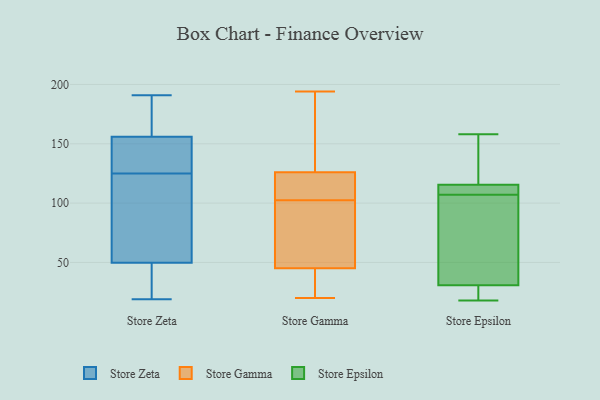
{"axis": {"x": "Revenue (USD Million)", "y": "Value"}, "legend": ["Store Epsilon", "Store Gamma", "Store Zeta"], "data": [{"x": "", "y": 135, "type": "Store Zeta"}, {"x": "", "y": 85, "type": "Store Zeta"}, {"x": "", "y": 38, "type": "Store Zeta"}, {"x": "", "y": 163, "type": "Store Zeta"}, {"x": "", "y": 191, "type": "Store Zeta"}, {"x": "", "y": 21, "type": "Store Zeta"}, {"x": "", "y": 190, "type": "Store Zeta"}, {"x": "", "y": 93, "type": "Store Zeta"}, {"x": "", "y": 134, "type": "Store Zeta"}, {"x": "", "y": 125, "type": "Store Zeta"}, {"x": "", "y": 19, "type": "Store Zeta"}, {"x": "", "y": 45, "type": "Store Gamma"}, {"x": "", "y": 125, "type": "Store Gamma"}, {"x": "", "y": 121, "type": "Store Gamma"}, {"x": "", "y": 152, "type": "Store Gamma"}, {"x": "", "y": 80, "type": "Store Gamma"}, {"x": "", "y": 22, "type": "Store Gamma"}, {"x": "", "y": 108, "type": "Store Gamma"}, {"x": "", "y": 25, "type": "Store Gamma"}, {"x": "", "y": 194, "type": "Store Gamma"}, {"x": "", "y": 20, "type": "Store Gamma"}, {"x": "", "y": 126, "type": "Store Gamma"}, {"x": "", "y": 97, "type": "Store Gamma"}, {"x": "", "y": 172, "type": "Store Gamma"}, {"x": "", "y": 112, "type": "Store Gamma"}, {"x": "", "y": 49, "type": "Store Gamma"}, {"x": "", "y": 171, "type": "Store Gamma"}, {"x": "", "y": 90, "type": "Store Gamma"}, {"x": "", "y": 33, "type": "Store Gamma"}, {"x": "", "y": 158, "type": "Store Epsilon"}, {"x": "", "y": 18, "type": "Store Epsilon"}, {"x": "", "y": 25, "type": "Store Epsilon"}, {"x": "", "y": 111, "type": "Store Epsilon"}, {"x": "", "y": 82, "type": "Store Epsilon"}, {"x": "", "y": 21, "type": "Store Epsilon"}, {"x": "", "y": 108, "type": "Store Epsilon"}, {"x": "", "y": 117, "type": "Store Epsilon"}, {"x": "", "y": 107, "type": "Store Epsilon"}, {"x": "", "y": 129, "type": "Store Epsilon"}, {"x": "", "y": 48, "type": "Store Epsilon"}]}